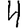
Digit: 4